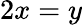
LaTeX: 2x=y